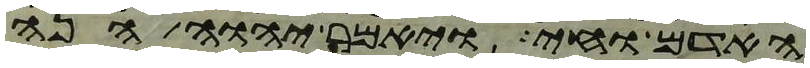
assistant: האדם וחי ויאמר יהוה הנה